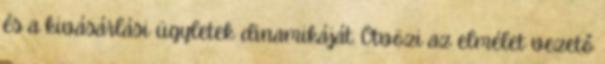
és a kivásárlási ügyletek dinamikáját. Ötvözi az elmélet vezető